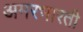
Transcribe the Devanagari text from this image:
अमरभारती